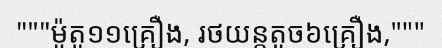
"""ម៉ូតូ១១គ្រឿង, រថយន្តតូច៦គ្រឿង,"""